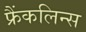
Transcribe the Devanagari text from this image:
फ्रैंकलिन्स